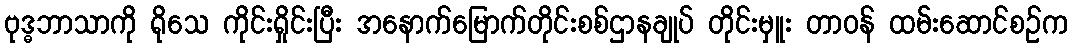
ဗုဒ္ဓဘာသာကို ရိုသေ ကိုင်းရှိုင်းပြီး အနောက်မြောက်တိုင်းစစ်ဌာနချုပ် တိုင်းမှူး တာဝန် ထမ်းဆောင်စဉ်က